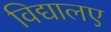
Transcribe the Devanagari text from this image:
विद्यालए